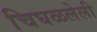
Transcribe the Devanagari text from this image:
चिघळलेली